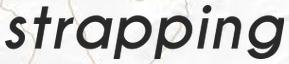
strapping